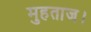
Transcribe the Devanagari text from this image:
मुहताज।